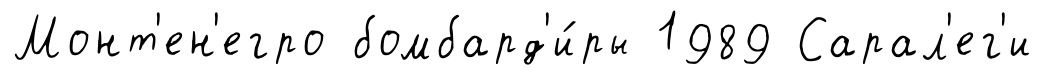
Монт'ен'егро бомбард'и́ры 1989 Сарал'ег'и